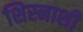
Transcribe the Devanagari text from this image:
शिस्नाशी